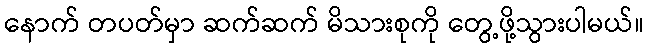
နောက် တပတ်မှာ ဆက်ဆက် မိသားစုကို တွေ့ဖို့သွားပါမယ်။